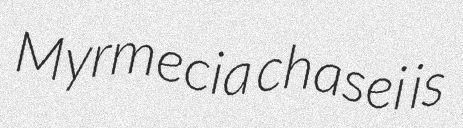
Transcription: Myrmecia chasei is